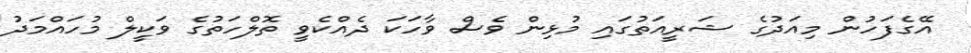
އޭގެފަހުން މިއަދުގެ ޝަރީއަތުގައި މުޅިން ވެސް ވާހަކަ ދެއްކެވީ ތޮލްހަތުގެ ވަކީލް މުހައްމަދު